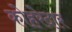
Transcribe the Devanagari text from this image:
कोहरेदार